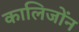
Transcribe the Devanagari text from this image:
कालिजोंन